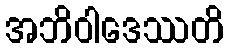
အဘိဝါဒေဿတိ